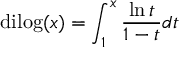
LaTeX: \mathrm { d i l o g } ( x ) = \int _ { 1 } ^ { x } { \frac { \ln { t } } { 1 - t } } d t